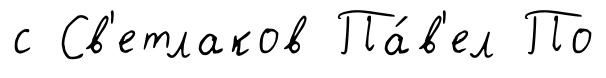
с Св'етлаков Па́в'ел По